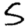
Digit: 5